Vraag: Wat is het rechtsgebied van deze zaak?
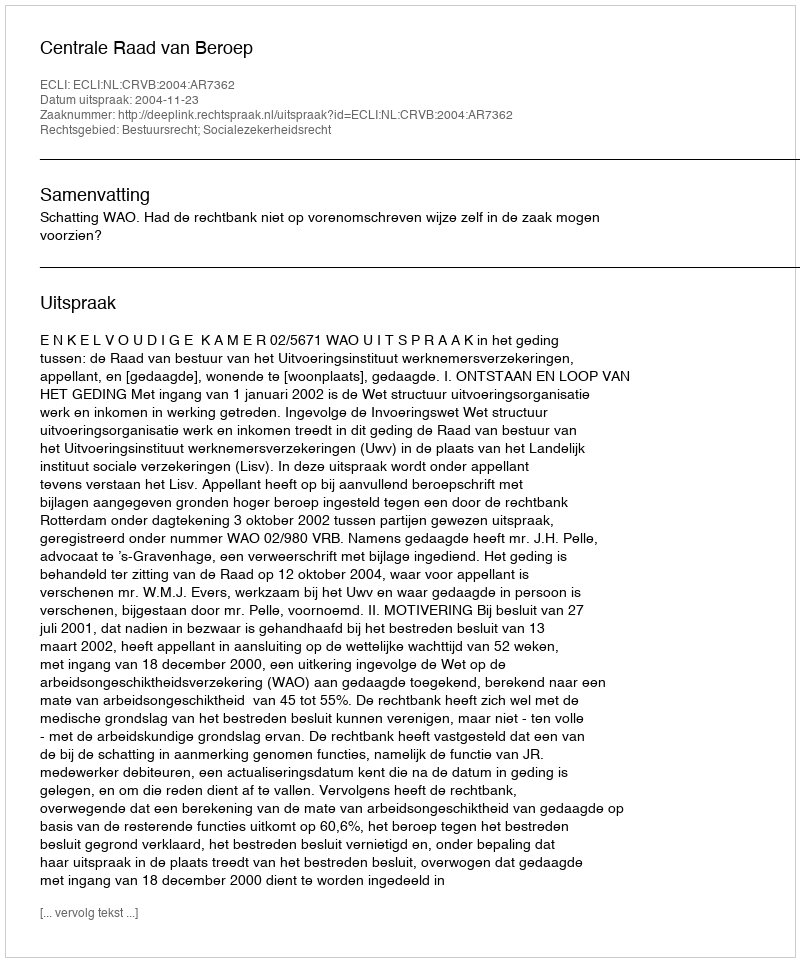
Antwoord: Bestuursrecht; Socialezekerheidsrecht